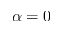
\alpha = 0